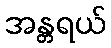
အန္တရယ်